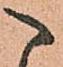
こ